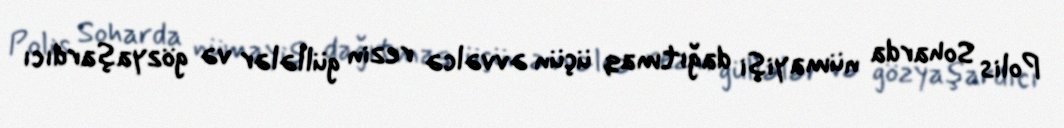
Polis Soharda nümayişi dağıtmaq üçün əvvəlcə rezin güllələr və gözyaşardıcı